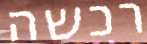
רכשה